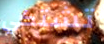
تشتكي